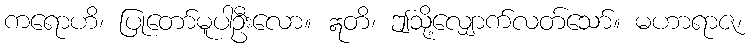
ကရောဟိ၊ ပြုတော်မူပါဦးလော။ ဣတိ၊ ဤသို့လျှောက်လတ်သော်။ မဟာရာဇ၊